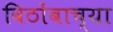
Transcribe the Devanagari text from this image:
विठोंबाच्या